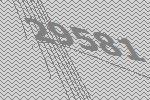
29581